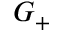
G _ { + }